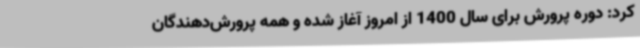
کرد: دوره پرورش برای سال 1400 از امروز آغاز شده و همه پرورش‌دهندگان